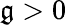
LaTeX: \mathfrak{g}>0